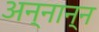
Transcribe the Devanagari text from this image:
अन्नान्न